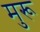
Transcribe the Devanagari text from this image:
मुरू